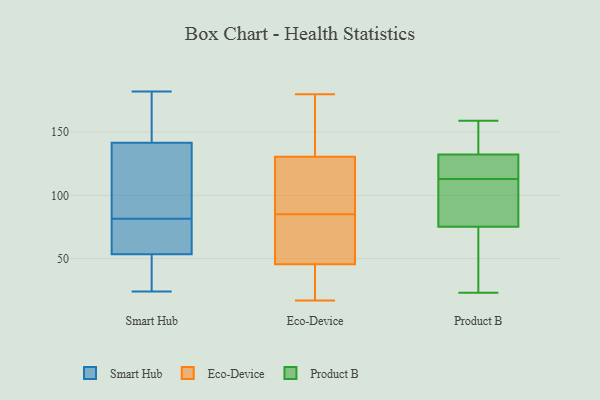
{"axis": {"x": "Conversion Rate (%)", "y": "Value"}, "legend": ["Eco-Device", "Product B", "Smart Hub"], "data": [{"x": "", "y": 94, "type": "Smart Hub"}, {"x": "", "y": 24, "type": "Smart Hub"}, {"x": "", "y": 55, "type": "Smart Hub"}, {"x": "", "y": 164, "type": "Smart Hub"}, {"x": "", "y": 149, "type": "Smart Hub"}, {"x": "", "y": 50, "type": "Smart Hub"}, {"x": "", "y": 105, "type": "Smart Hub"}, {"x": "", "y": 182, "type": "Smart Hub"}, {"x": "", "y": 134, "type": "Smart Hub"}, {"x": "", "y": 52, "type": "Smart Hub"}, {"x": "", "y": 69, "type": "Smart Hub"}, {"x": "", "y": 63, "type": "Smart Hub"}, {"x": "", "y": 114, "type": "Eco-Device"}, {"x": "", "y": 57, "type": "Eco-Device"}, {"x": "", "y": 17, "type": "Eco-Device"}, {"x": "", "y": 48, "type": "Eco-Device"}, {"x": "", "y": 178, "type": "Eco-Device"}, {"x": "", "y": 165, "type": "Eco-Device"}, {"x": "", "y": 66, "type": "Eco-Device"}, {"x": "", "y": 180, "type": "Eco-Device"}, {"x": "", "y": 47, "type": "Eco-Device"}, {"x": "", "y": 41, "type": "Eco-Device"}, {"x": "", "y": 104, "type": "Eco-Device"}, {"x": "", "y": 111, "type": "Eco-Device"}, {"x": "", "y": 119, "type": "Eco-Device"}, {"x": "", "y": 142, "type": "Eco-Device"}, {"x": "", "y": 22, "type": "Eco-Device"}, {"x": "", "y": 44, "type": "Eco-Device"}, {"x": "", "y": 74, "type": "Product B"}, {"x": "", "y": 79, "type": "Product B"}, {"x": "", "y": 23, "type": "Product B"}, {"x": "", "y": 103, "type": "Product B"}, {"x": "", "y": 113, "type": "Product B"}, {"x": "", "y": 146, "type": "Product B"}, {"x": "", "y": 127, "type": "Product B"}, {"x": "", "y": 103, "type": "Product B"}, {"x": "", "y": 126, "type": "Product B"}, {"x": "", "y": 26, "type": "Product B"}, {"x": "", "y": 159, "type": "Product B"}, {"x": "", "y": 134, "type": "Product B"}, {"x": "", "y": 125, "type": "Product B"}, {"x": "", "y": 158, "type": "Product B"}, {"x": "", "y": 61, "type": "Product B"}]}